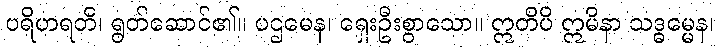
ပရိဟရတိ၊ ရွတ်ဆောင်၏။ ပဌမေန၊ ရှေးဦးစွာသော။ ဣတိပိ ဣမိနာ သဒ္ဓမ္မေန၊